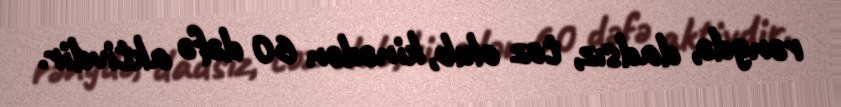
rəngdə, dadsız, toz olub, kinədən 60 dəfə aktivdir.